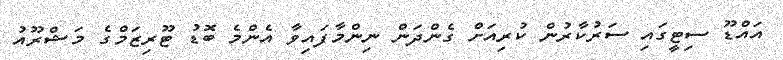
އައްޑޫ ސިޓީގައި ސަރުކާރުން ކުރިއަށް ގެންދަން ނިންމާފައިވާ އެންމެ ބޮޑު ޓޫރިޒަމްގެ މަޝްރޫއު